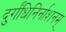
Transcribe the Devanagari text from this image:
दुर्गंधिनिर्नाशनम्